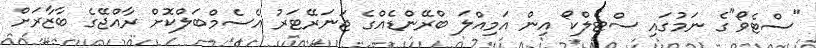
"ސްޓެވޯ"ގެ ނަމުގައި ސްޓެލްކޯ އިން އަމިއްލަ ބްރޭންޑެއްގެ ޖަނަރޭޓަރު އެސެމްބަލްކޮށް ރާއްޖޭގެ ބާޒާރަށް